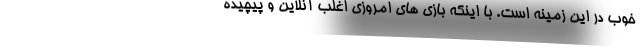
خوب در این زمینه است. با اینکه بازی های امروزی اغلب آنلاین و پیچیده